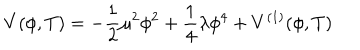
LaTeX: V ( \phi , T ) = - { \frac { 1 } { 2 } } \mu ^ { 2 } \phi ^ { 2 } + \frac { 1 } { 4 } \lambda \phi ^ { 4 } + V ^ { ( 1 ) } ( \phi , T )